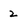
Character: 2